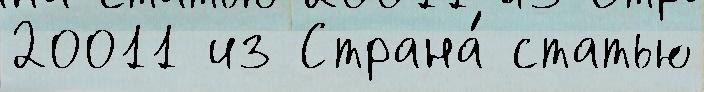
20011 из Страна́ статью